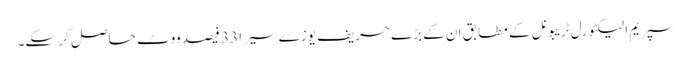
سپریم الیکٹورل ٹریبونل کے مطابق ان کے بڑے حریف یوزے سیرا 33 فیصد ووٹ حاصل کر سکے۔